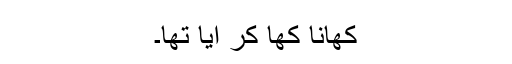
کھانا کھا کر آیا تھا۔